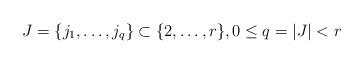
LaTeX: \begin{align*} J = \{j_1, \ldots, j_q \} \subset \{2, \ldots, r\}, 0 \leq q = |J| < r\end{align*}